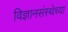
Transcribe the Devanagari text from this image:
विज्ञानसंस्थेच्या